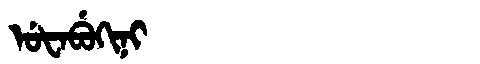
Manchu: ᡠᡶᠠᠪᡠᡴᡳᠨᡳ
Romanization: UFABUKINI